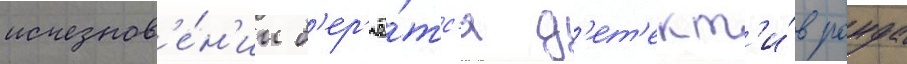
исчезнов'е́н'ии б'ер'ё́тс'я д'ет'ект'и́в ронда